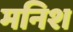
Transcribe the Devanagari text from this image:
मनिश